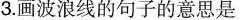
3.画波浪线的句子的意思是